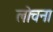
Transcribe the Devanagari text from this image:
लोचना